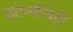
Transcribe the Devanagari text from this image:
झोम्बींचेही